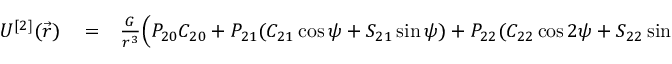
\begin{array} { r l r } { U ^ { [ 2 ] } ( \vec { r } ) } & { { } = } & { \frac { G } { r ^ { 3 } } \Big ( P _ { 2 0 } C _ { 2 0 } + P _ { 2 1 } ( C _ { 2 1 } \cos \psi + S _ { 2 1 } \sin \psi ) + P _ { 2 2 } ( C _ { 2 2 } \cos 2 \psi + S _ { 2 2 } \sin 2 \psi ) \Big ) . } \end{array}